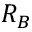
R _ { B }